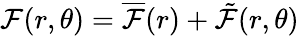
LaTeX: \mathcal{F}(r,\theta)=\overline{{\mathcal{F}}}(r)+\tilde{\mathcal{F}}(r,\theta)